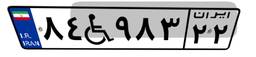
۸۴W۹۸۳۲۲